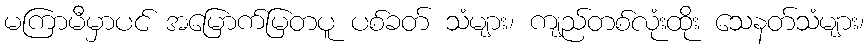
မကြာမီမှာပင် အမြောက်မြတပူ ပစ်ခတ် သံများ၊ ကျည်တစ်လုံးထိုး သေနတ်သံများ၊